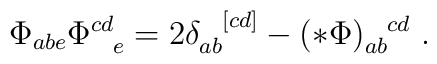
\Phi_{abe}\Phi^{cd}_{\ \ e}=2\delta_{ab}^{\ \ [cd]} - (*\Phi)_{ab}^{\ \ cd}\ .